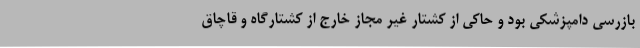
بازرسی دامپزشکی بود و حاکی از کشتار غیر مجاز خارج از کشتارگاه و قاچاق